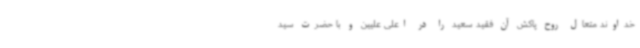
خداوند متعال روح پاکش آن فقید سعید را در اعلی علیین و با حضرت سید